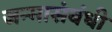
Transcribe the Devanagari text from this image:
जन्मासंबंधी